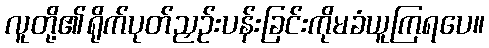
လူတို့၏ရိုက်ပုတ်ညှဉ်းပန်းခြင်းကိုမခံယူကြရပေ။